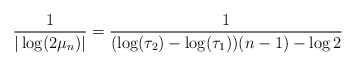
\begin{align*}\frac{1}{|\log (2\mu_n)|}=\frac{1}{(\log(\tau_2) - \log(\tau_1) )(n-1) - \log 2 }\end{align*}